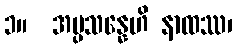
၁။  အပ္ပသန္နေဟိ နာထဿ၊